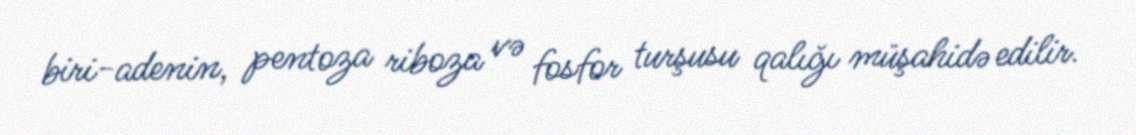
biri-adenin, pentoza riboza və fosfor turşusu qalığı müşahidə edilir.